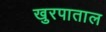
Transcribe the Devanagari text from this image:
खुरपाताल